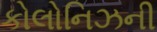
કોલોનિઝની